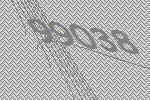
99038